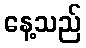
နေ့သည်